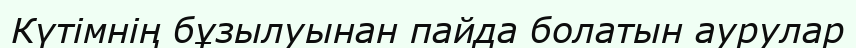
Күтімнің бұзылуынан пайда болатын аурулар